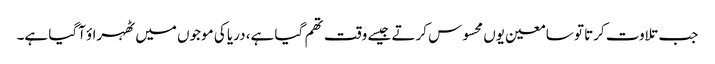
جب تلاوت کرتا تو سامعین یوں محسوس کرتے جیسے وقت تھم گیا ہے، دریا کی موجوں میں ٹھہراؤ آگیا ہے۔